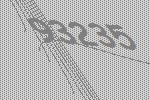
93235